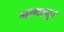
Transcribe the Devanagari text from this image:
नाथापूर